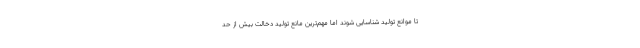
تا موانع تولید شناسایی شوند اما مهم‌ترین مانع تولید دخالت بیش از حد